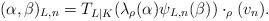
LaTeX: \begin{align*} (\alpha,\beta)_{L,n}= T_{L|K}(\lambda_{\rho}(\alpha)\psi_{L,n}(\beta)) \cdot_{\rho}(v_n) .\end{align*}